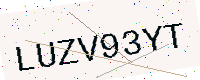
Text: LUZV93YT